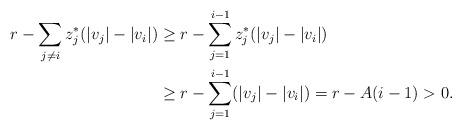
LaTeX: \begin{align*}r-\sum_{j\ne i}z_j^*(|v_j|-|v_i|)&\ge r-\sum_{j=1}^{i-1}z_j^*(|v_j|-|v_i|)\\& \ge r-\sum_{j=1}^{i-1}(|v_j|-|v_i|) = r-A(i-1)>0.\end{align*}